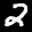
Label: 2